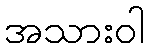
အသားဝါ